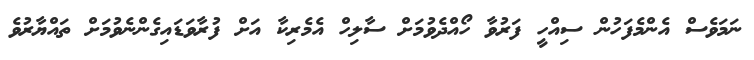
ނަމަވެސް އެންމެފަހުން ސިއްހީ ފަރުވާ ހޯއްދެވުމަށް ސާލިހް އެމެރިކާ އަށް ފުރާވަޑައިގެންނެވުމަށް ތައްޔާރުވެ